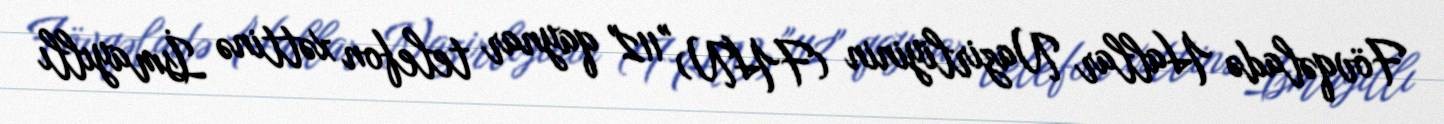
Fövqəladə Hallar Nazirliyinin (FHN) "112" qaynar telefon xəttinə İsmayıllı